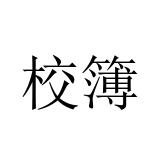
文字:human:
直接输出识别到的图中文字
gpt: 校簿